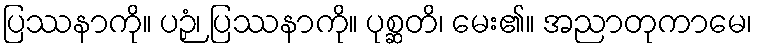
ပြဿနာကို။ ပဉှံ၊ ပြဿနာကို။ ပုစ္ဆတိ၊ မေး၏။ အညာတုကာမေ၊